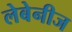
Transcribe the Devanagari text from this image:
लेबेनीज